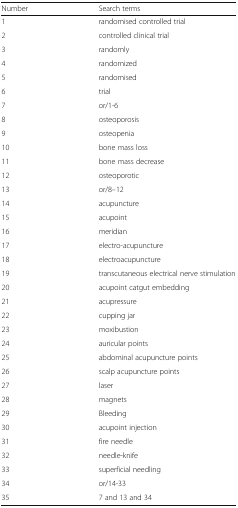
<table><thead><tr><td><b>Number</b></td><td><b>Search terms</b></td></tr></thead><tbody><tr><td>1</td><td>randomised controlled trial</td></tr><tr><td>2</td><td>controlled clinical trial</td></tr><tr><td>3</td><td>randomly</td></tr><tr><td>4</td><td>randomized</td></tr><tr><td>5</td><td>randomised</td></tr><tr><td>6</td><td>trial</td></tr><tr><td>7</td><td>or/1-6</td></tr><tr><td>8</td><td>osteoporosis</td></tr><tr><td>9</td><td>osteopenia</td></tr><tr><td>10</td><td>bone mass loss</td></tr><tr><td>11</td><td>bone mass decrease</td></tr><tr><td>12</td><td>osteoporotic</td></tr><tr><td>13</td><td>or/8–12</td></tr><tr><td>14</td><td>acupuncture</td></tr><tr><td>15</td><td>acupoint</td></tr><tr><td>16</td><td>meridian</td></tr><tr><td>17</td><td>electro-acupuncture</td></tr><tr><td>18</td><td>electroacupuncture</td></tr><tr><td>19</td><td>transcutaneous electrical nerve stimulation</td></tr><tr><td>20</td><td>acupoint catgut embedding</td></tr><tr><td>21</td><td>acupressure</td></tr><tr><td>22</td><td>cupping jar</td></tr><tr><td>23</td><td>moxibustion</td></tr><tr><td>24</td><td>auricular points</td></tr><tr><td>25</td><td>abdominal acupuncture points</td></tr><tr><td>26</td><td>scalp acupuncture points</td></tr><tr><td>27</td><td>laser</td></tr><tr><td>28</td><td>magnets</td></tr><tr><td>29</td><td>Bleeding</td></tr><tr><td>30</td><td>acupoint injection</td></tr><tr><td>31</td><td>fire needle</td></tr><tr><td>32</td><td>needle-knife</td></tr><tr><td>33</td><td>superficial needling</td></tr><tr><td>34</td><td>or/14-33</td></tr><tr><td>35</td><td>7 and 13 and 34</td></tr></tbody></table>